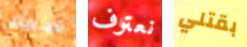
صفك نعترف بقتلي